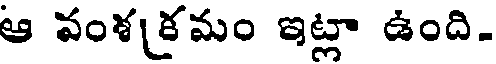
ఆ వంశక్రమం ఇట్లా ఉంది.